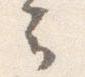
云